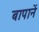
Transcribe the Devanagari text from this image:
बापानें